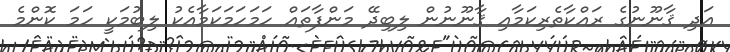
އަދި ޤާނޫނުގެ ރައްކާތެރިކަމާއި ޤާނޫނުން ލިބިދޭ މަންފާތައް ހަމަހަމަކަމާއެކު ލިބުމަކީ ހަމަ ކޮންމެ